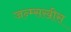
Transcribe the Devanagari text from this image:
जन्म्सखीस